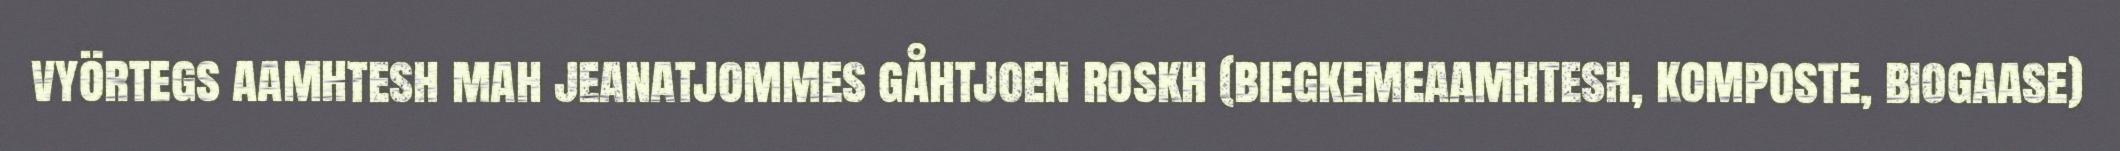
vyörtegs aamhtesh mah jeanatjommes gåhtjoen roskh (biegkemeaamhtesh, komposte, biogaase)